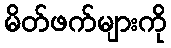
မိတ်ဖက်များကို